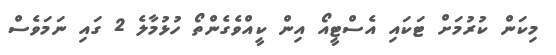
މިކަން ކުރުމަށް ޓަކައި އެސްޓީއޯ އިން ކީއްވެގެންތޯ ހުޅުމާލެ 2 ގައި ނަމަވެސް